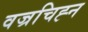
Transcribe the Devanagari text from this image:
वज्रचिह्न